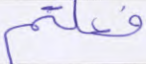
فعلتم